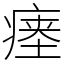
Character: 瘗